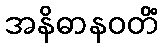
အနိဓာနဝတိံ